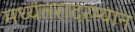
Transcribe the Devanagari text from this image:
मध्यंतरादरम्यान